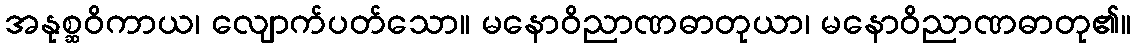
အနုစ္ဆဝိကာယ၊ လျောက်ပတ်သော။ မနောဝိညာဏဓာတုယာ၊ မနောဝိညာဏဓာတု၏။